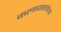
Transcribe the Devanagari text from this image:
कलाशाखेच्या